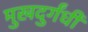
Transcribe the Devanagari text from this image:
मुखदुर्गंधी